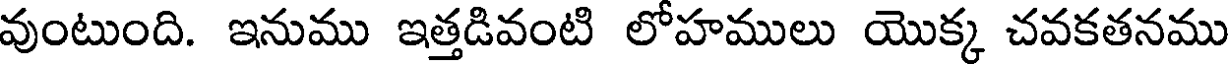
వుంటుంది. ఇనుము ఇత్తడివంటి లోహములు యొక్క చవకతనము